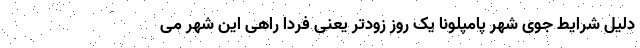
دلیل شرایط جوی شهر پامپلونا یک روز زودتر یعنی فردا راهی این شهر می